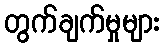
တွက်ချက်မှုများ